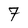
Character: 7